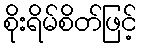
စိုးရိမ်စိတ်ဖြင့်